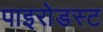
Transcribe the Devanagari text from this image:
पाइरोडस्ट